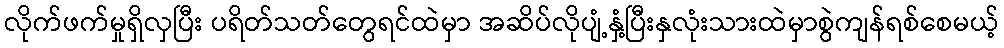
လိုက်ဖက်မှုရှိလှပြီး ပရိတ်သတ်တွေရင်ထဲမှာ အဆိပ်လိုပျံ့နှံ့ပြီးနှလုံးသားထဲမှာစွဲကျန်ရစ်စေမယ့်